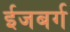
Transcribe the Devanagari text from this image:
ईजबर्ग